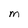
Character: M